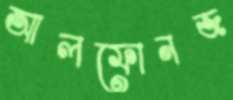
আলফোনজ